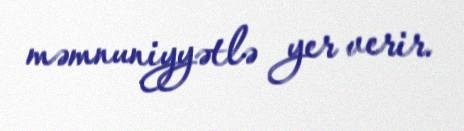
məmnuniyyətlə yer verir.